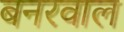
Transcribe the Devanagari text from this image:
बनरवाल